Report of the Indian Hemp Drugs Commission, 1894-1895 - Volume I
Year: 1894
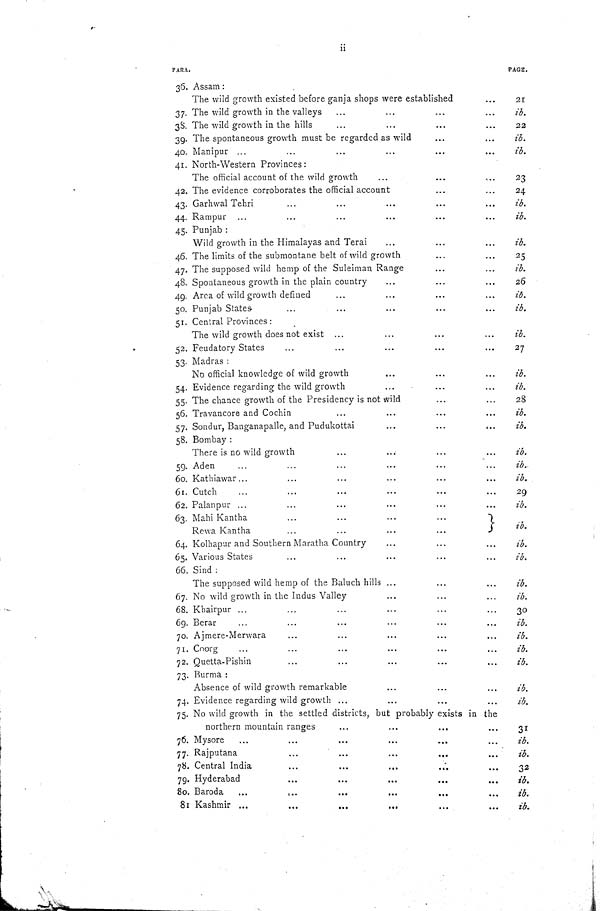
ii
PARA.
PAGE.
36. Assam:
The wild growth existed before ganja shops were established
21
37. The wild growth in the valleys
ib.
38. The wild growth in the hills
22
39. The spontaneous growth must be regarded as wild
ib.
40. Manipur
ib.
41. North-Western Provinces:
The official account of the wild growth
23
41. North-Western Provinces:
The official account of the wild growth
23
42. The evidence corroborates the official account
24
43. Garhwal Tehri
ib.
44. Rampur
ib.
45. Punjab:
Wild growth in the Himalayas and Terai
ib.
45. Punjab:
Wild growth in the Himalayas and Terai
ib.
46. The limits of the submontane belt of wild growth
25
47. The supposed wild hemp of the Suleiman Range
ib.
48. Spontaneous growth in the plain country
26
49. Area of wild growth defined
ib.
50. Punjab States
ib.
51. Central Provinces:
The wild growth does not exist
ib.
51. Central Provinces:
The wild growth does not exist
ib.
52. Feudatory States
27
53. Madras:
No official knowledge of wild growth
ib.
53. Madras:
No official knowledge of wild growth
ib.
54. Evidence regarding the wild growth
ib.
55. The chance growth of the Presidency is not wild
28
56. Travancore and Cochin
ib.
57. Sondur, Banganapalle, and Pudukottai
ib.
58. Bombay:
There is no wild growth
ib.
58. Bombay:
There is no wild growth
ib.
59. Aden
ib.
60. Kathiawar
ib.
61. Cutch
29
62. Palanpur
ib.
63. Mahi Kantha
Rewa Kantha
ib.
63. Mahi Kantha
Rewa Kantha
ib.
64. Kolhapur and Southern Maratha Country
ib.
65. Various States
ib.
66. Sind:
The supposed wild hemp of the Baluch hills
ib.
66. Sind:
The supposed wild hemp of the Baluch hills
ib.
67. No wild growth in the Indus Valley
ib.
68. Khairpur
30
69. Berar
ib.
70. Ajmere-Merwara
ib.
71. Coorg
ib.
72. Quetta-Pishin
ib.
73. Burma:
Absence of wild growth remarkable
ib.
73. Burma:
Absence of wild growth remarkable
ib.
74. Evidence regarding wild growth
ib.
75. No wild growth in the settled districts, but probably exists in the
northern mountain ranges
31
75. No wild growth in the settled districts, but probably exists in the
northern mountain ranges
31
76. Mysore
ib.
77. Rajputana
ib.
78. Central India
32
79. Hyderabad
ib.
80. Baroda
ib.
81 Kashmir
ib.